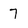
Character: 7